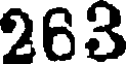
263